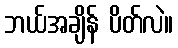
ဘယ်အချိန် ပိတ်လဲ။